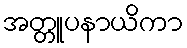
အတ္တူပနာယိကာ